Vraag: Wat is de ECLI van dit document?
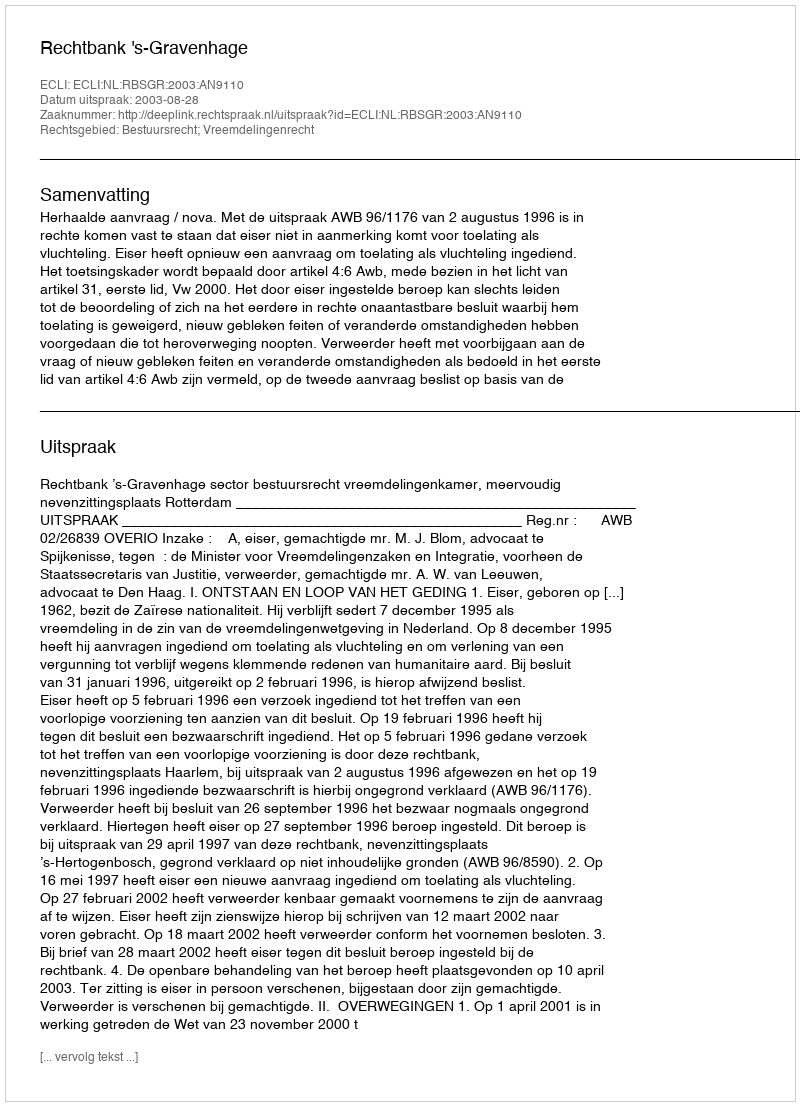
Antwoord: ECLI:NL:RBSGR:2003:AN9110